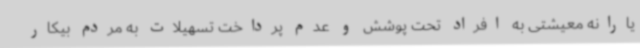
یارانه معیشتی به افراد تحت پوشش و عدم پرداخت تسهیلات به مردم بیکار